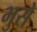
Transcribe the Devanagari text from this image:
भुसे